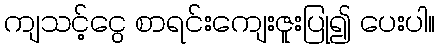
ကျသင့်ငွေ စာရင်းကျေးဇူးပြု၍ ပေးပါ။